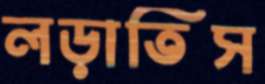
লড়াতিস